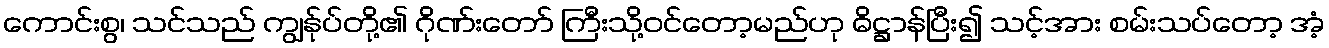
ကောင်းစွ၊ သင်သည် ကျွန်ုပ်တို့၏ ဂိုဏ်းတော် ကြီးသို့ဝင်တော့မည်ဟု ဓိဋ္ဌာန်ပြီး၍ သင့်အား စမ်းသပ်တော့ အံ့